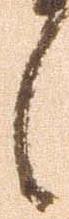
候